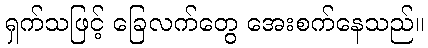
ရှက်သဖြင့် ခြေလက်တွေ အေးစက်နေသည်။